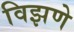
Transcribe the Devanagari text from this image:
विझणे